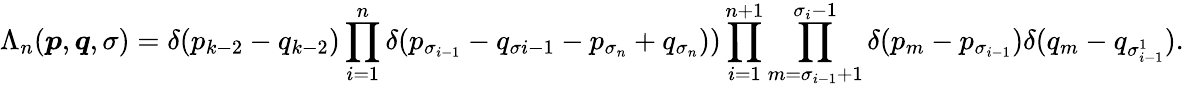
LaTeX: \Lambda_{n}(\boldsymbol{p},\boldsymbol{q},\sigma)=\delta(p_{k-2}-q_{k-2})\prod_{i=1}^{n}\delta(p_{\sigma_{i-1}}-q_{\sigma{i-1}}-p_{\sigma_{n}}+q_{\sigma_{n}}))\prod_{i=1}^{n+1}\prod_{m=\sigma_{i-1}+1}^{\sigma_{i}-1}\delta(p_{m}-p_{\sigma_{i-1}})\delta(q_{m}-q_{\sigma_{i-1}^{1}}).